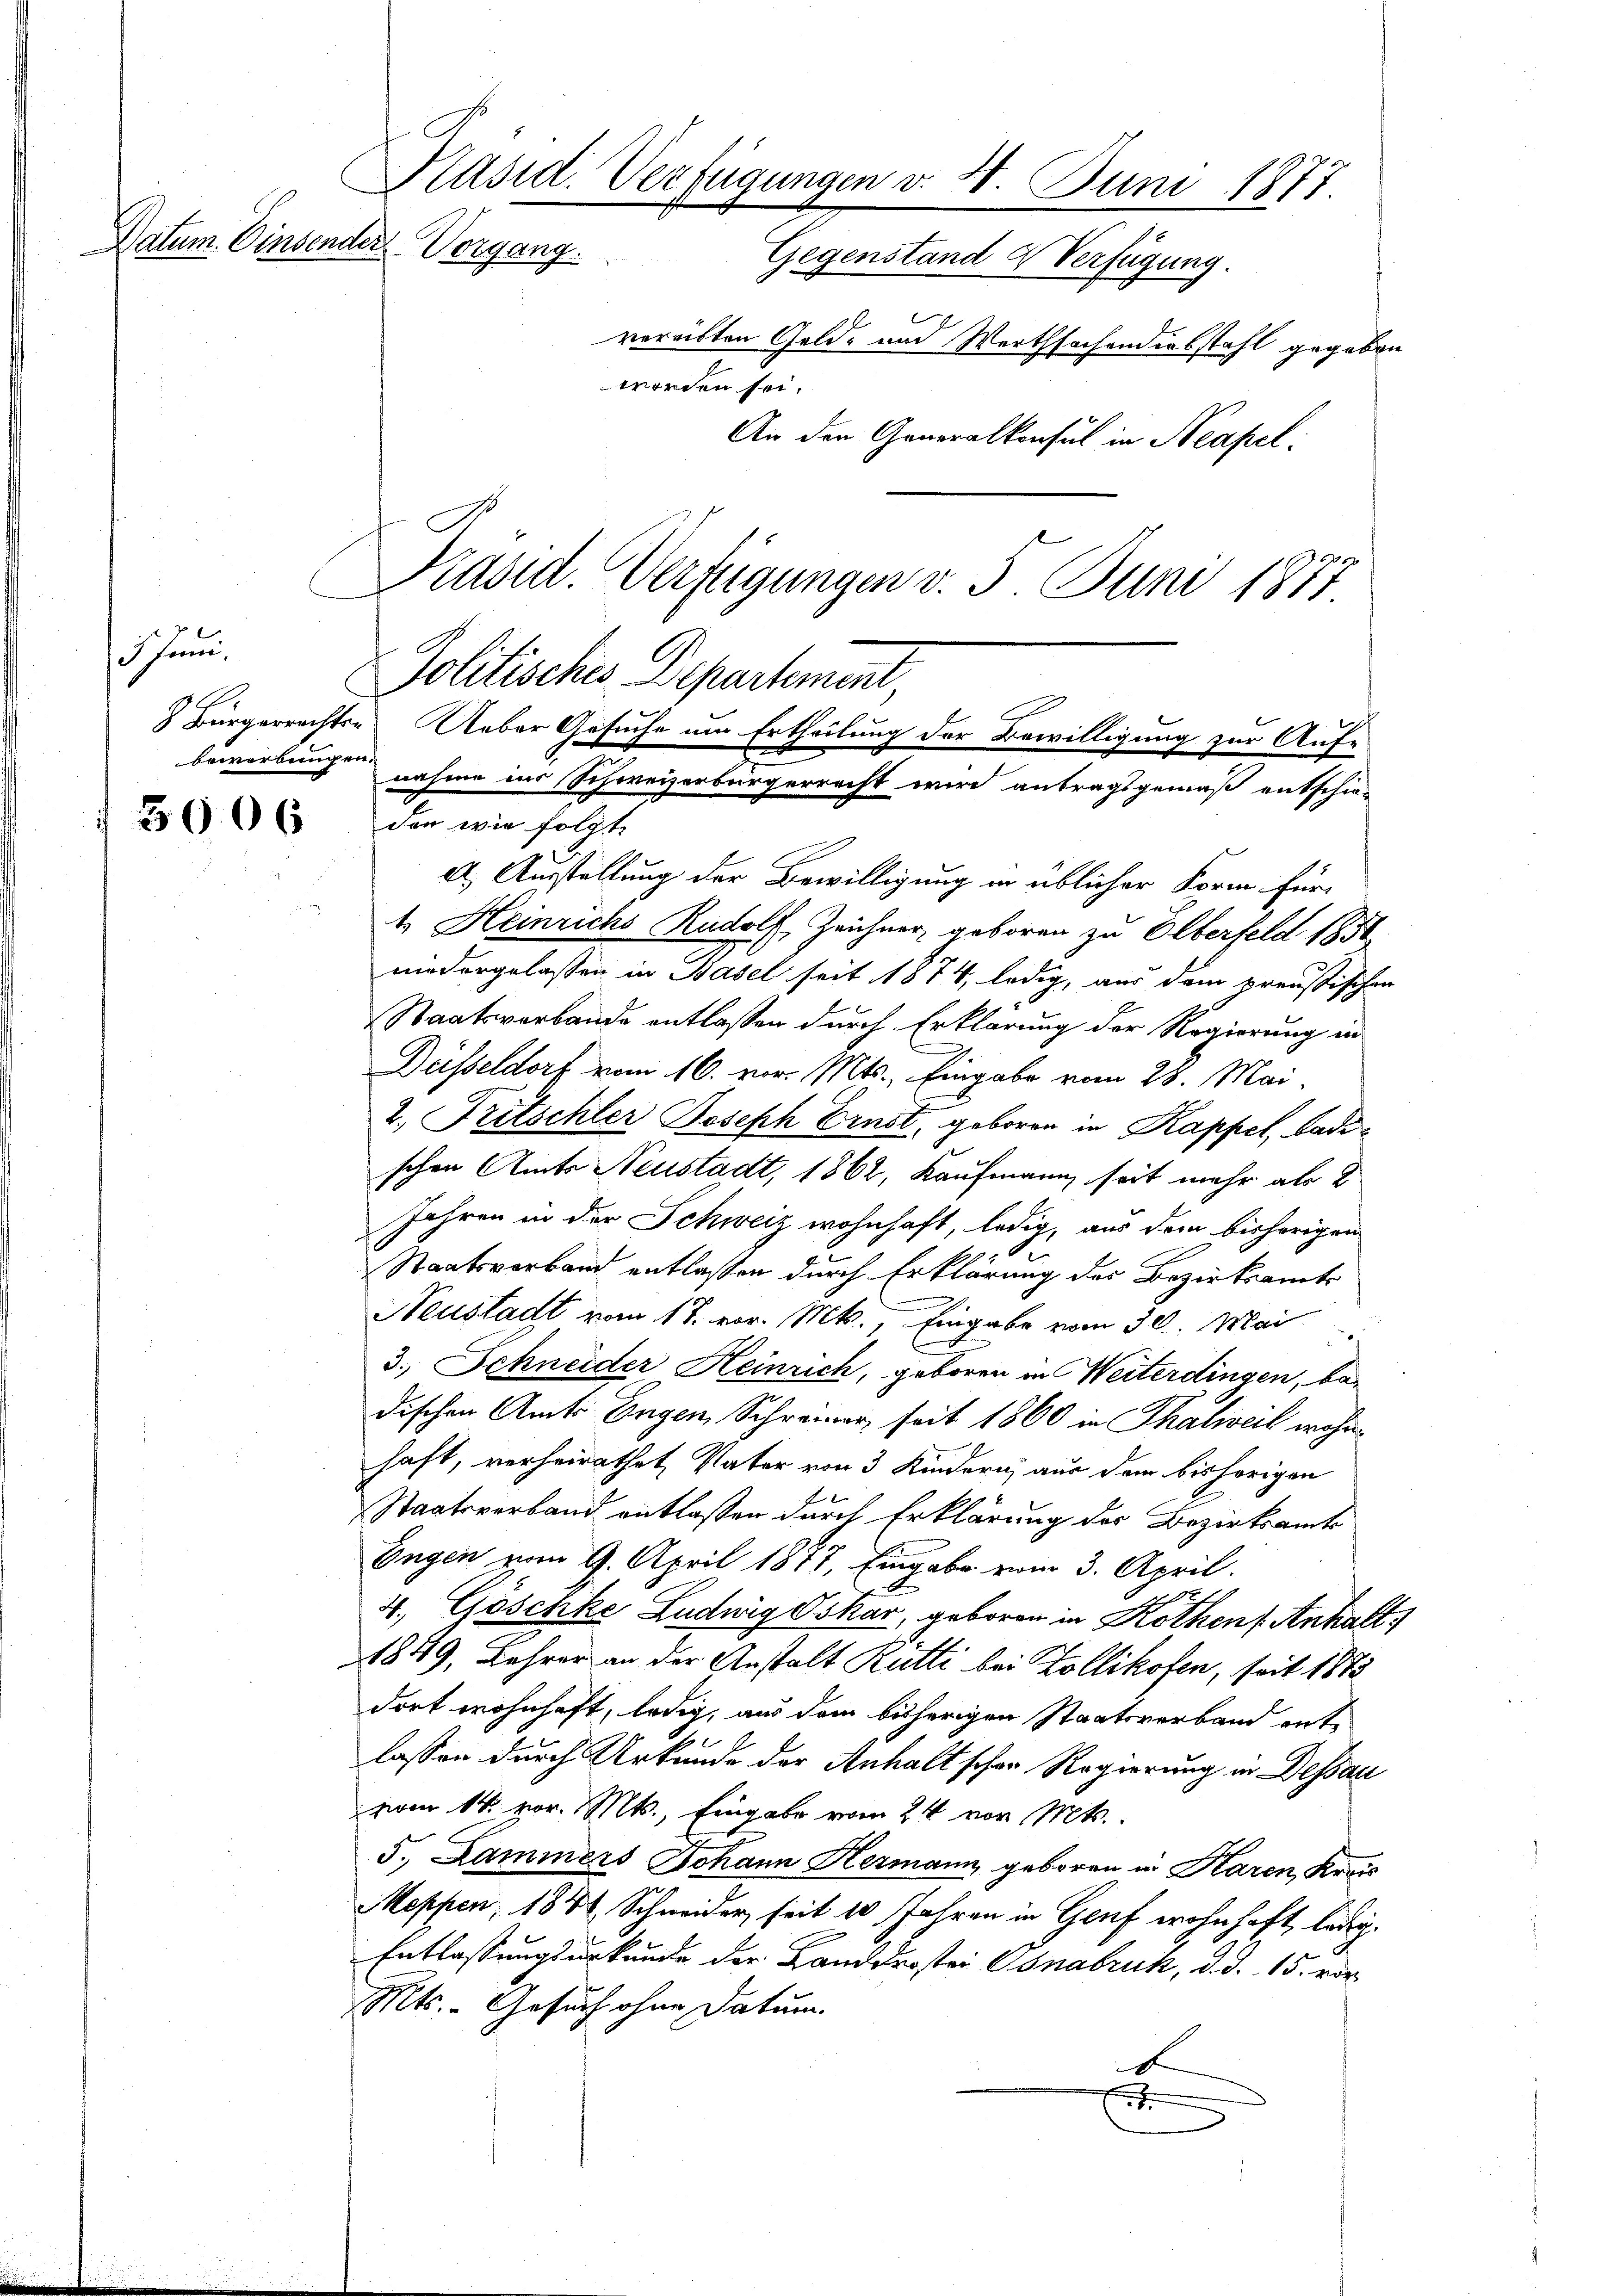
Datum. Einsender Vorgang.

shund

5906

Präsid. Verfügungen v. 4. Juni 1877
Gegenstand & Verfügung.
vereitten Gold- und Werthsochandiebstahl gegebe
worden sei.

An den Generalkonsul in Neapel:
Präsid. Verfügungen v. 5. Juni 1877

Politisches Departement,
Bürgerrechts- Ueber Gesuche um Ertheilung der Bewilligung zur Aufbewerbungen nahme ins Schweizerbürgerrecht wird antragsgemäß entschie-

n

den wie folgt
d Ausstellung der Bewilligung in üblicher Form für
1. Heinrichs Rudolf, Zeichner, geboren zu Olberfeld 1851
niedergelassen in Basel seit 1874, ledig, aus dem preussischen
Staatsverbande entlassen durch Erklärung der Regierung in
Düsseldorf vom 16. vor. Mts. Eingabe vom 28. Mai.
2. Fritschler Joseph Ernst, geboren in Kappel, Badeschen Amts Neustadt, 1862, Kaufmann seit mehr als 2
Jahren in der Schweiz wohnhaft, ledig, aus dem bisherigen
Staatsverband entlassen durch Erklärung der Bezirksamts

Neustadt vom 18. vor. Mts., Eingabe vom 30. Mai
3., Schneider Heinrich, geboren in Weiterdingen, bei
dischen Amts Engen Schreier seit 1860 in Thalweil wohnhaft, verheirathet, Vater von 3 Kindern aus dem bishörigen
Staatsverband entlassen durch Erklärung des Bezirksamts
Eugen vom 9. April 1877, Eingabe vom 3. April.
4. Göschke Ludwig Oskar, geboren in Rothen Anhalt
1849, Lehrer an der Anstalt Rütti bei Zollikofen, seit 1872
dort wohnhaft, ledig, aus dem bisherigen Staatsverband ente
lassen durch Urkunde der Anhalt schon Regierung in Dessau
vom 14. vor. Mts., Eingabe vom 24 vor. Mts.
5.) Dammers Johann Hermann, geboren in Karen, Krais
Meppen, 1881, Schneider, seit 10 Jahren in Genf wohnhaft ledig¬
Entlassungsurkunde der Landdrostei Osnabruk, d. d. 15. vor
Mts. - Gesuch ohne Datum.
u